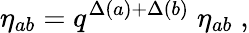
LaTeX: \eta_{ab}=q^{\Delta(a)+\Delta(b)}\; \eta_{ab}\; ,